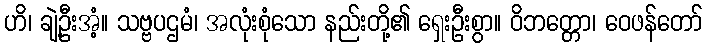
ဟိ၊ ချဲ့ဦးအံ့။ သဗ္ဗပဌမံ၊ အလုံးစုံသော နည်းတို့၏ ရှေးဦးစွာ။ ဝိဘတ္တော၊ ဝေဖန်တော်